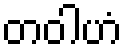
တဝါဟံ